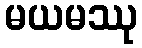
မယမဿု